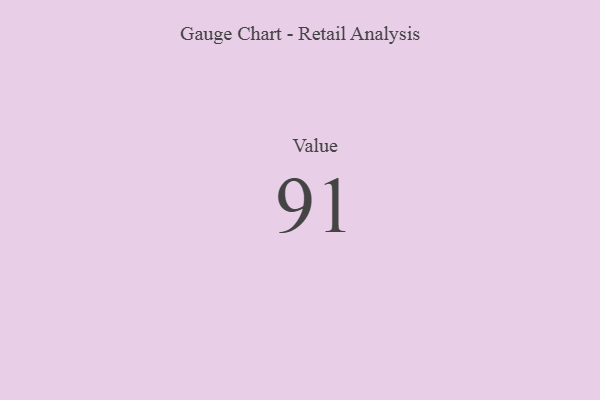
{"axis": {"x": "Metric", "y": "Value"}, "legend": [""], "data": [{"x": "Value", "y": 91, "type": ""}]}